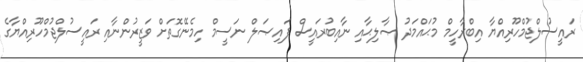
ރައީސުލްޖުމްހޫރިއްޔާ އިބްރާހީމް މުޙައްމަދު ޞާލިޙާއި ނާއިބުރައީސް ފައިޞަލް ނަސީމް ހިމެނޭގޮތަށް ވަޒީރުންނާއި ރައީސުލްޖުމްހޫރިއްޔާގެ